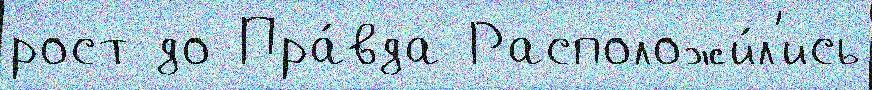
рост до Пра́вда Расположи́л'ись